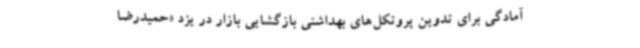
آمادگی برای تدوین پروتکل‌های بهداشتی بازگشایی بازار در یزد «حمیدرضا